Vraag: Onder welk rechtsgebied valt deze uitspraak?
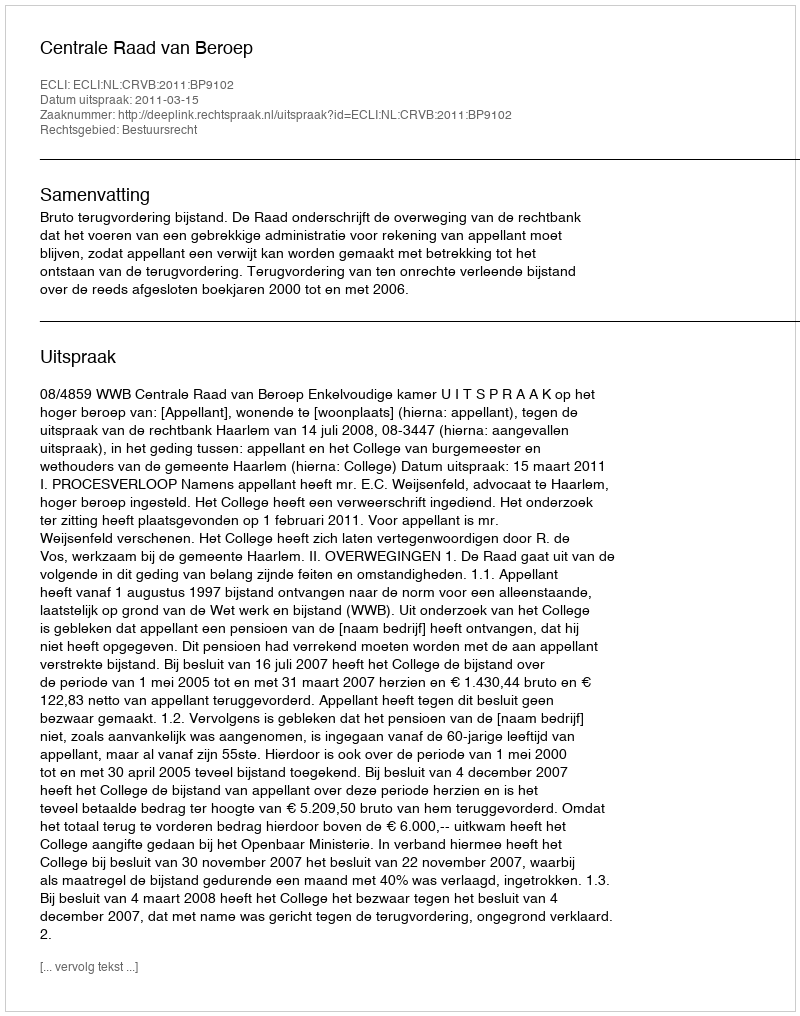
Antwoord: Bestuursrecht